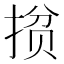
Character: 𭡘